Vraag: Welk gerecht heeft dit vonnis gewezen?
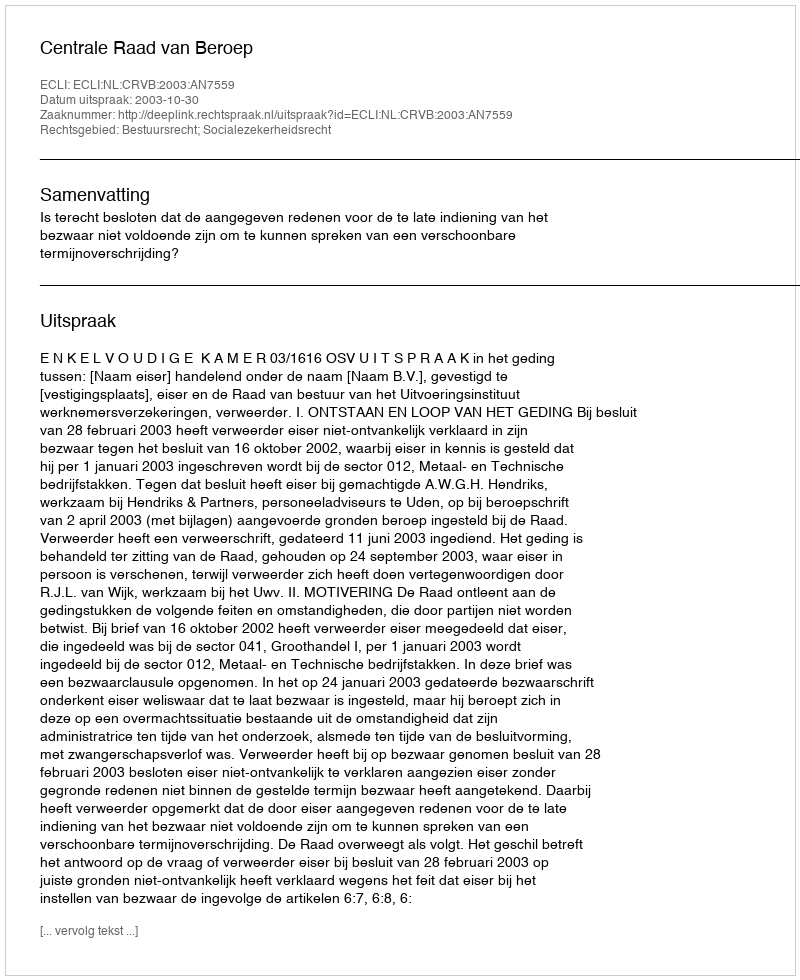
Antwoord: Centrale Raad van Beroep